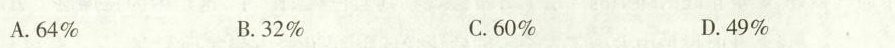
A.64% B.32% C.60% D.49%